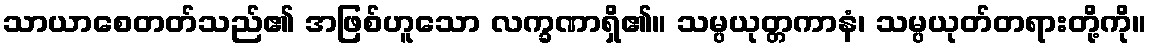
သာယာစေတတ်သည်၏ အဖြစ်ဟူသော လက္ခဏာရှိ၏။ သမ္ပယုတ္တကာနံ၊ သမ္ပယုတ်တရားတို့ကို။